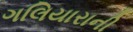
ગલિયારાની